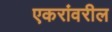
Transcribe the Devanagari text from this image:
एकरांवरील